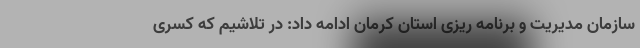
سازمان مدیریت و برنامه ریزی استان کرمان ادامه داد: در تلاشیم که کسری